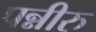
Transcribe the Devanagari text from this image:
पन्नीरु